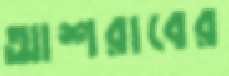
আশরাবের